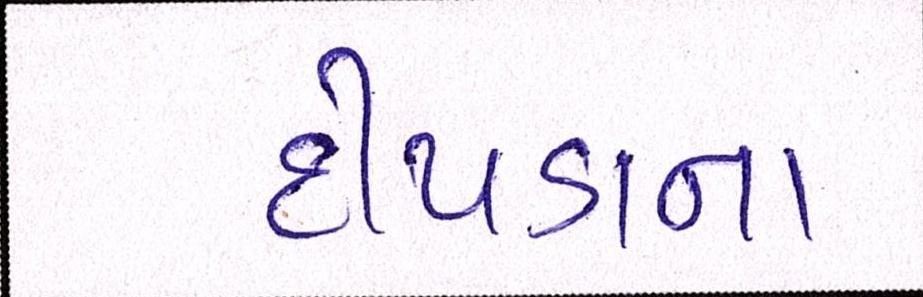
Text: દીપડાના